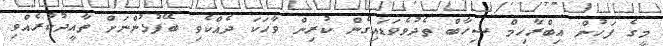
މީގެ ފަހުން އިބްރާހިމް ޝިހާބް ތެދުވެވަޑައިގެން ކުރިން ވާހަކަ ދެއްކެވި ބޭފުޅުންނަށް ތާއީދުކުރެއްވި